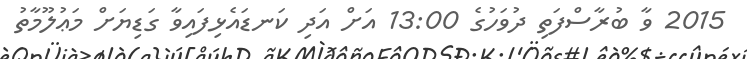
2015 ވާ ބުރާސްފަތި ދުވަހުގެ 13:00 އަށް އަދި ކަނޑައެޅިފައިވާ ގަޑިޔަށް މަޢުލޫމާތު